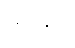
မှင်ဗူး။